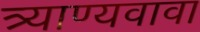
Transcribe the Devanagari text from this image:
त्र्याण्यवावा